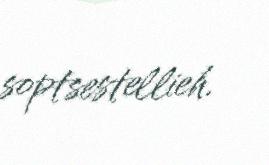
soptsestellieh.